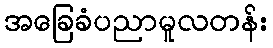
အခြေခံပညာမူလတန်း